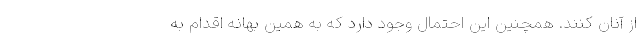
از آنان کنند. همچنین این احتمال وجود دارد که به همین بهانه اقدام به